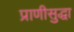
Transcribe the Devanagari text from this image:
प्राणीसुद्धा